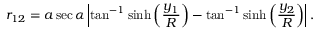
r _ { 1 2 } = a \sec \alpha \left| \tan ^ { - 1 } \sinh \left( { \frac { y _ { 1 } } { R } } \right) - \tan ^ { - 1 } \sinh \left( { \frac { y _ { 2 } } { R } } \right) \right| .